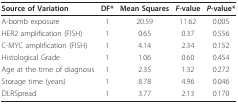
<table><thead><tr><td><b>Source of Variation</b></td><td><b>DF*</b></td><td><b>Mean Squares</b></td><td><b><i>F</i>-value</b></td><td><b><i>P-</i>value*</b></td></tr></thead><tbody><tr><td>A-bomb exposure</td><td>1</td><td>20.59</td><td>11.62</td><td>0.005</td></tr><tr><td>HER2 amplification (FISH)</td><td>1</td><td>0.65</td><td>0.37</td><td>0.556</td></tr><tr><td>C-MYC amplification (FISH)</td><td>1</td><td>4.14</td><td>2.34</td><td>0.152</td></tr><tr><td>Histological Grade</td><td>1</td><td>1.06</td><td>0.60</td><td>0.454</td></tr><tr><td>Age at the time of diagnosis</td><td>1</td><td>2.35</td><td>1.32</td><td>0.272</td></tr><tr><td>Storage time (years)</td><td>1</td><td>8.78</td><td>4.96</td><td>0.046</td></tr><tr><td>DLRSpread</td><td>1</td><td>3.77</td><td>2.13</td><td>0.170</td></tr></tbody></table>